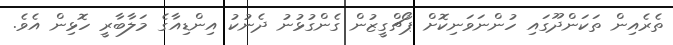
ތެރެއިން ތަކަންދޫގައި ހުންނަވަނިކޮށް ޕޯޗްގީޒުން ގެންގުޅުނު ދެނުކު އިންޑިއާގެ މަލާބާރީ ހޮޅިން އެވެ.